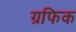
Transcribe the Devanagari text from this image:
ग्रफिक